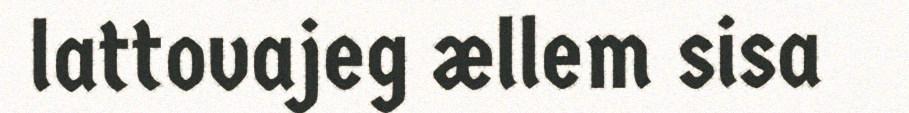
lattovajeg ællem sisa